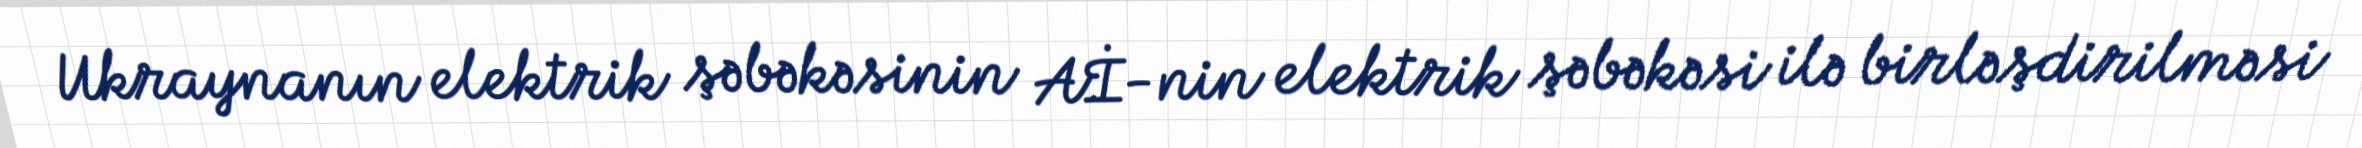
Ukraynanın elektrik şəbəkəsinin Aİ-nin elektrik şəbəkəsi ilə birləşdirilməsi